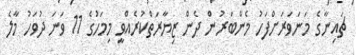
ޗައިނާގެ މަނަވަރަށްފަހު މެންބަރުން ދެން ޒިޔާރަތްކުރެއްވީ މިމަހުގެ 11 ވަނަ ދުވަހު މާލެ